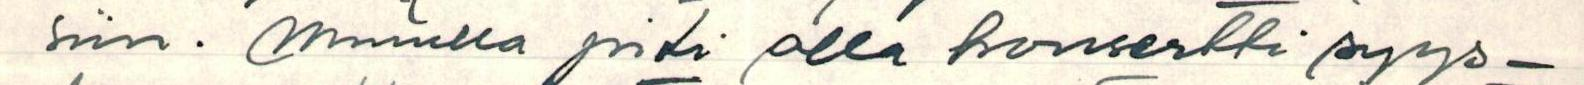
siin. Minulla piti olla konsertti syys-